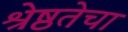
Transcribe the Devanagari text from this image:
श्रेष्ठतेचा